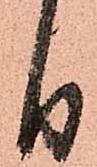
日